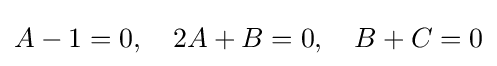
A-1=0,\quad 2A+B=0,\quad B+C=0